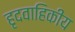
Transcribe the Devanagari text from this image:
हृदवाहिकीय